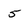
Character: 5